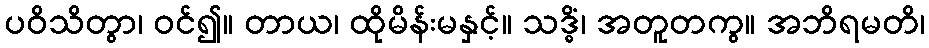
ပဝိသိတွာ၊ ဝင်၍။ တာယ၊ ထိုမိန်းမနှင့်။ သဒ္ဓိံ၊ အတူတကွ။ အဘိရမတိ၊